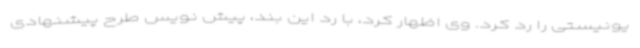
یونیستی را رد کرد. وی اظهار کرد، با رد این بند، پیش نویس طرح پیشنهادی